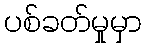
ပစ်ခတ်မှုမှာ